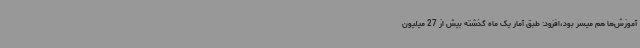
آموزش‌ها هم میسر بود،افزود: طبق آمار یک ماه گذشته بیش از 27 میلیون